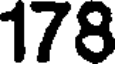
178